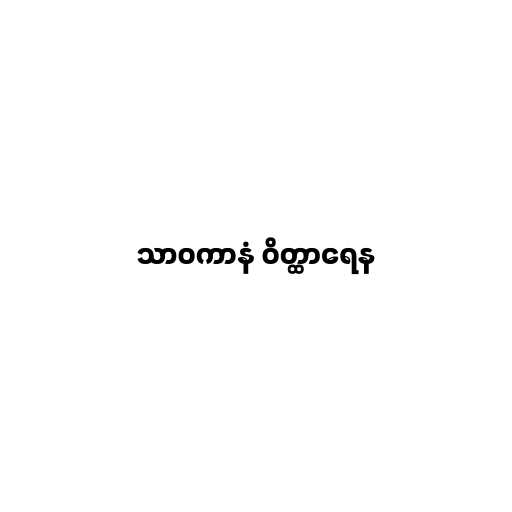
သာဝကာနံ ဝိတ္ထာရေန